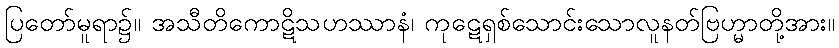
ပြတော်မူရာ၌။ အသီတိကောဋိသဟဿာနံ၊ ကုဋေရှစ်သောင်းသောလူနတ်ဗြဟ္မာတို့အား။